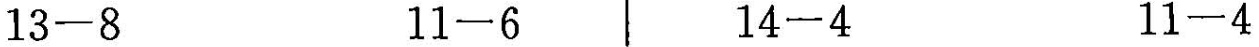
$$1 3 - 8$$ $$1 1 - 6$$ $$1 4 - 4$$ $$1 1 - 4$$